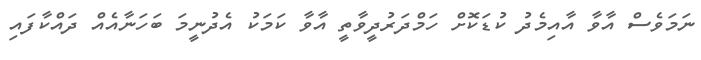
ނަމަވެސް އާވާ އާއިމެދު ކުޑަކޮށް ހަމްދަރުދީވާތީ އާވާ ކަމަކު އެދުނީމަ ބަހަނާއެއް ދައްކާފައި